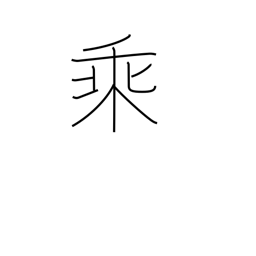
Meaning: multiplication